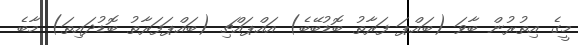
މީގެ އިތުރުން ބާވަ (ބައްޕަ ފަރާތު ބޮޑުބޭބެ) އައްޕައްޗި (ބައްޕަފަރާތު ބޮޑުދައިތަ) މާބެ